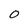
Character: 0